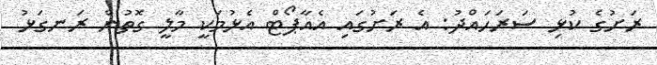
ރަށުގެ ކުޅި ސަރަހައްދު: އެ ރަށުގައި އެއާޕޯޓް އެޅުމަކީ މާލީ ގޮތުން ރަނގަޅު